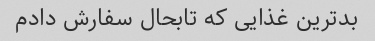
بدترین غذایی که تابحال سفارش دادم